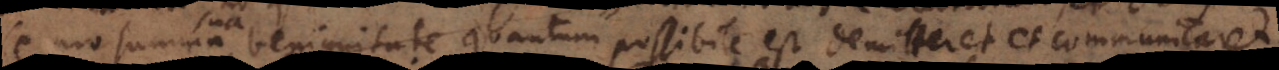
se pro summa benignitate quantum possibile est demitteret et communicaret